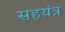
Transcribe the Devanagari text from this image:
सहयंत्र